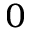
_ 0